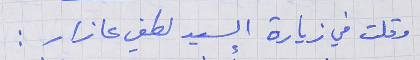
وقلت في زيارة السيد لطفي عازار :